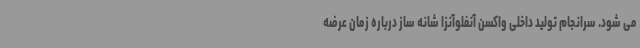
می شود. سرانجام تولید داخلی واکسن آنفلوآنزا شانه ساز درباره زمان عرضه